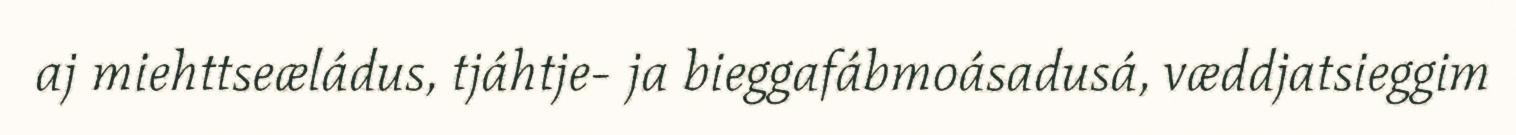
aj miehttseæládus, tjáhtje- ja bieggafábmoásadusá, væddjatsieggim